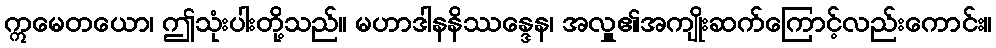
ဣမေတယော၊ ဤသုံးပါးတို့သည်။ မဟာဒါနနိဿန္ဒေန၊ အလှူ၏အကျိုးဆက်ကြောင့်လည်းကောင်း။